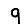
Digit: 9